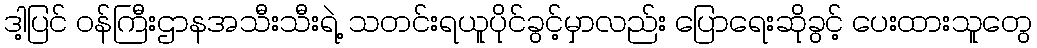
ဒါ့ပြင် ဝန်ကြီးဌာနအသီးသီးရဲ့ သတင်းရယူပိုင်ခွင့်မှာလည်း ပြောရေးဆိုခွင့် ပေးထားသူတွေ